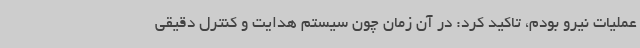
عملیات نیرو بودم، تاکید کرد: در آن زمان چون سیستم هدایت و کنترل دقیقی